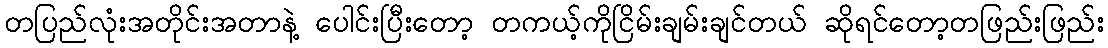
တပြည်လုံးအတိုင်းအတာနဲ့ ပေါင်းပြီးတော့ တကယ့်ကိုငြိမ်းချမ်းချင်တယ် ဆိုရင်တော့တဖြည်းဖြည်း